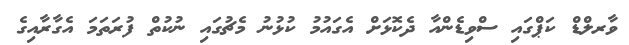
ވާރލްޑް ކަޕްގައި ސްވިޑެންއާ ދެކޮޅަށް އެގައުމު ކުޅުނު މެޗުގައި ނުކުތް ފުރަތަމަ އެގާރާއިގެ